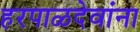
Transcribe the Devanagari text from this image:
हरपाळदेवांना